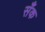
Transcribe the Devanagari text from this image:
सँक